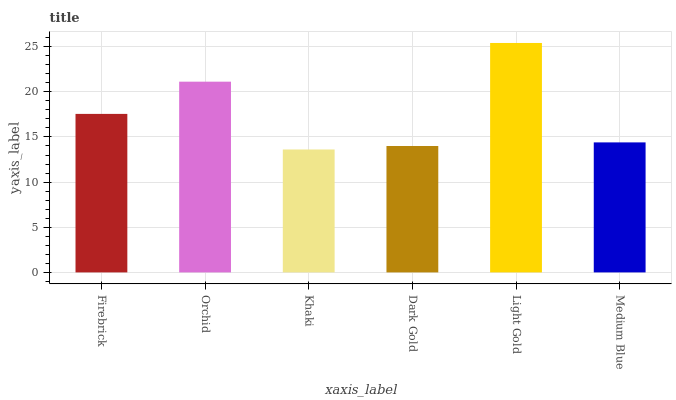
| xaxis_label | bars |
 | --- | --- |
 | Firebrick | 17.6 |
 | Orchid | 21.1 |
 | Khaki | 13.6 |
 | Dark Gold | 14 |
 | Light Gold | 25.4 |
 | Medium Blue | 14.4 |